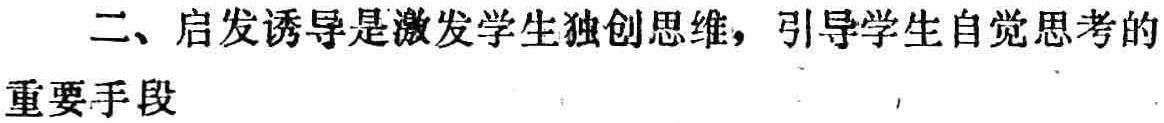
二、启发诱导是激发学生独创思维，引导学生自觉思考的重要手段